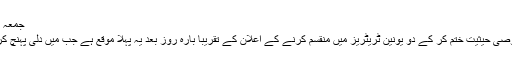
جمعہ 30 اگست 2019 8:15
جموں و کشمیر کی خصوصی حیثیت ختم کر کے دو یونین ٹریٹریز میں منقسم کرنے کے اعلان کے تقریباً بارہ روز بعد یہ پہلا موقع ہے جب میں دلی پہنچ کر چند صحافیوں سے ملی۔